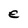
Character: e